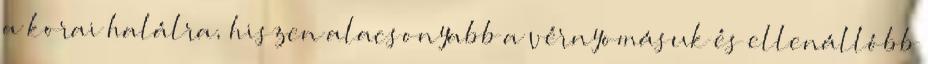
a korai halálra, hiszen alacsonyabb a vérnyomásuk és ellenállóbb